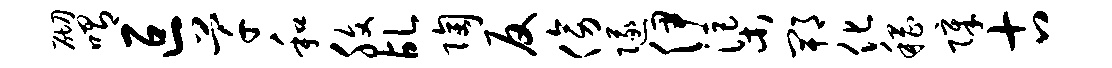
砌喟叵芊和腹乩陶反傍隧伊渠郫化稽障古